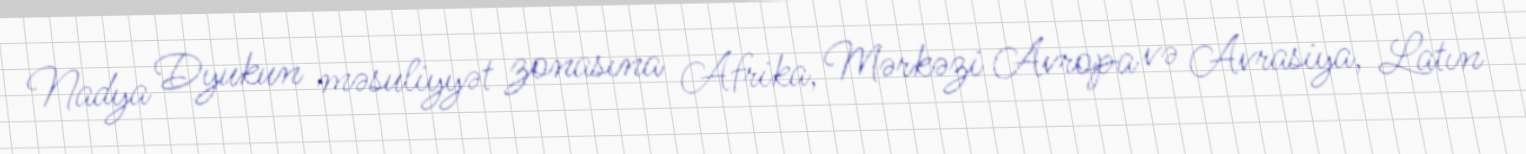
Nadya Dyukun məsuliyyət zonasına Afrika, Mərkəzi Avropa və Avrasiya, Latın